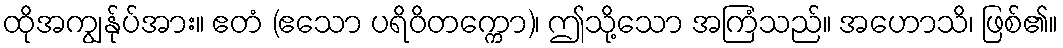
ထိုအကျွန်ုပ်အား။ ဧတံ (ဧသော ပရိဝိတက္ကော)၊ ဤသို့သော အကြံသည်။ အဟောသိ၊ ဖြစ်၏။